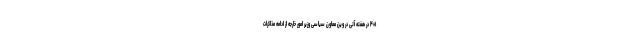
۴+۱ در هفته آتی در وین معاون سیاسی وزیر امور خارجه از ادامه مذاکرات